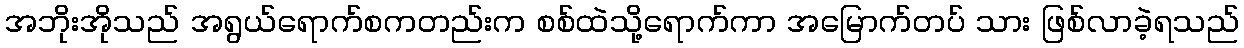
အဘိုးအိုသည် အရွယ်ရောက်စကတည်းက စစ်ထဲသို့ရောက်ကာ အမြောက်တပ် သား ဖြစ်လာခဲ့ရသည်